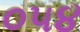
૦૫૪